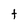
Character: t